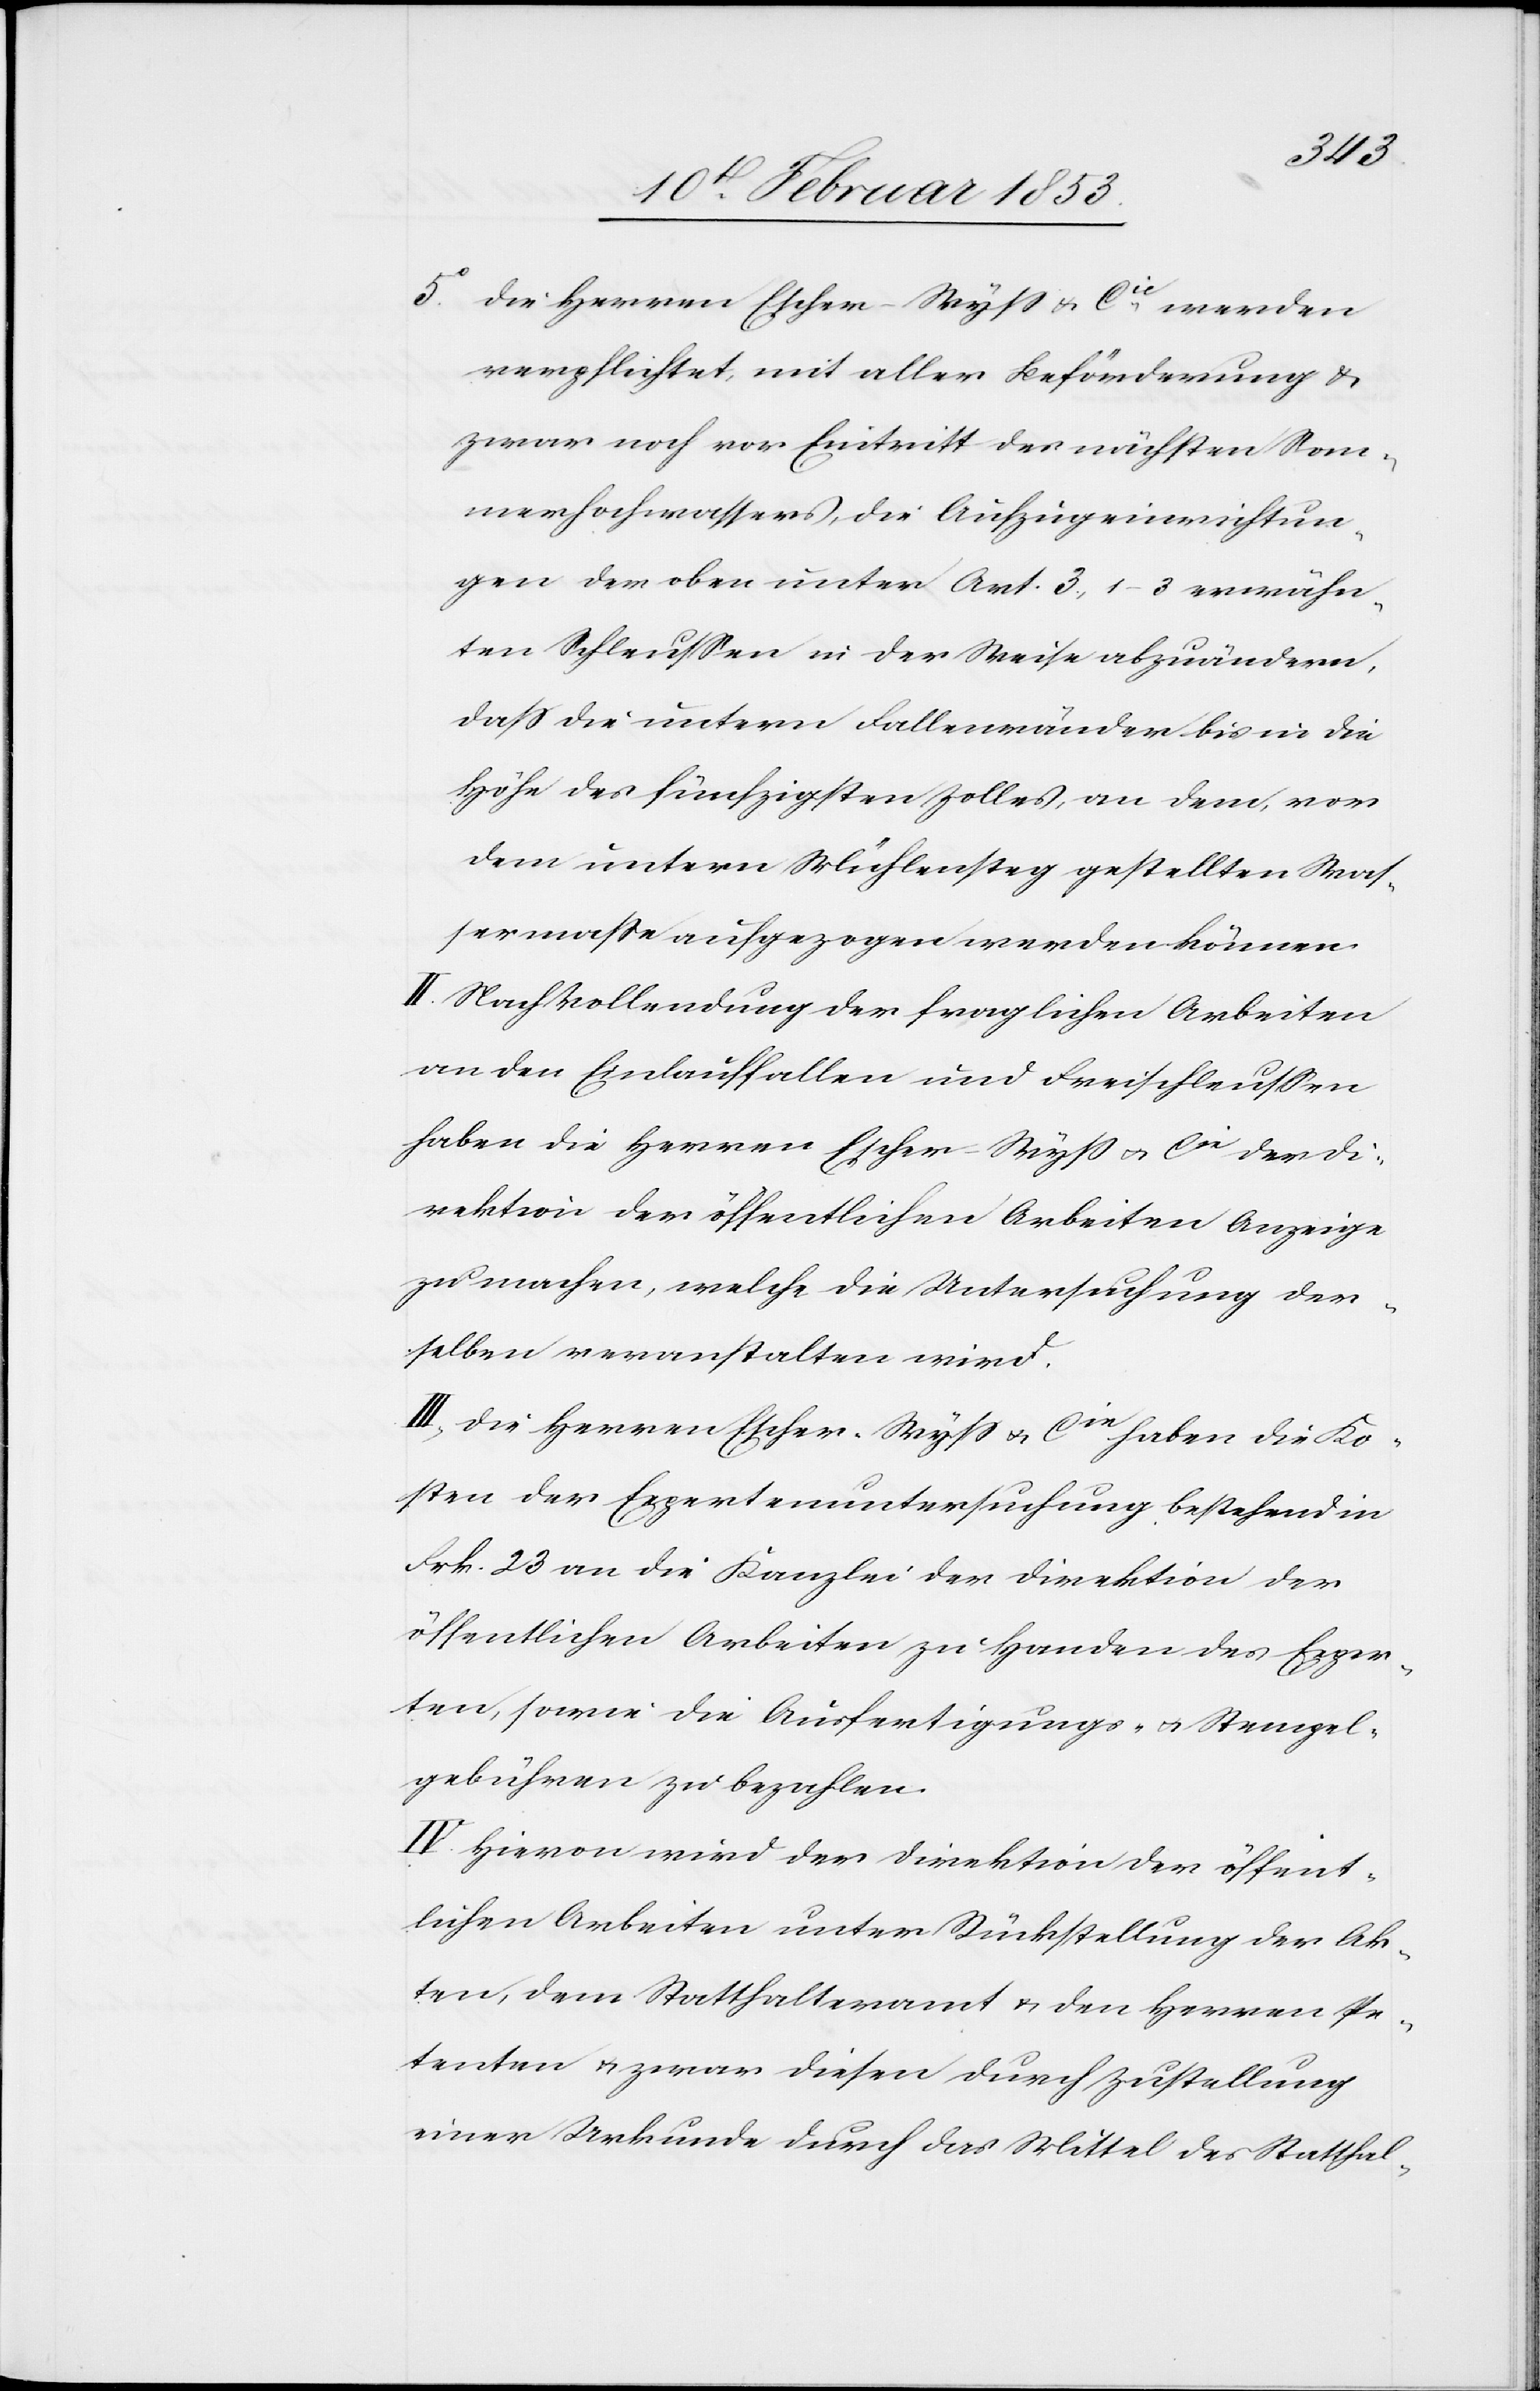
5° Die Herren Escher-Wyß u. Cie werden
verpflichtet mit aller Beförderung u.
zwar noch vor Eintritt des nächsten Som¬
merhochwassers, die Aufzugeinrichtun¬
gen der oben unter Ant. 3, 1–3 erwähn¬
ten Schleußen in der Weise abzuändern,
daß die untern Fallenwänder bis in die
Höhe des fünfzigsten Zolles, an dem, vor
dem untern Mühlesteg gestellten Was¬
sermaße aufgezogen werden können.
II. Nach Vollendung der fraglichen Arbeiten
an den Einlauffallen und Freischleußen
haben die Herren Escher-Wyß u. Cie der Di¬
rektion der öffentlichen Arbeiten Anzeige
zu machen, welche die Untersuchung der¬
selben veranstalten wird.
III. Die Herren Escher-Wyß u. Cie haben die Ko¬
sten der Expertenuntersuchung bestehend in
Frk. 23 an die Kanzlei der Direktion der
öffentlichen Arbeiten zu Handen des Exper¬
ten, sowie die Ausfertigungs- u. Stempel¬
gebühren zu bezahlen.
IV. Hievon wird der Direktion der öffent¬
lichen Arbeiten unter Rückstellung der Ak¬
ten, dem Statthalteramt u. den Herren Pe¬
tenten u. zwar dieser durch Zustellung
einer Urkunde durch das Mittel des Statthal-